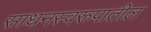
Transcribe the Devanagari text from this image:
साधनस्वरूपातील